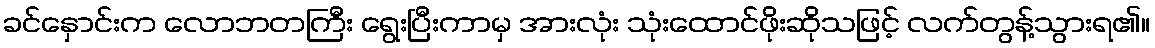
ခင်နှောင်းက လောဘတကြီး ရွေးပြီးကာမှ အားလုံး သုံးထောင်ဖိုးဆိုသဖြင့် လက်တွန့်သွားရ၏။